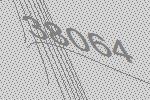
38064